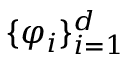
\{ \varphi _ { i } \} _ { i = 1 } ^ { d }